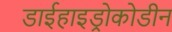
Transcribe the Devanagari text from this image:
डाईहाइड्रोकोडीन